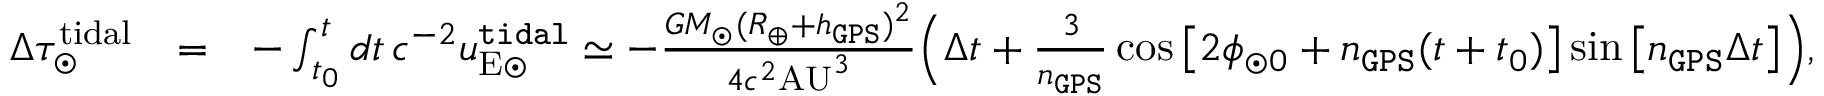
\begin{array} { r l r } { \Delta \tau _ { \odot } ^ { \mathrm { t i d a l } } } & { = } & { - \int _ { t _ { 0 } } ^ { t } d t \, c ^ { - 2 } u _ { \mathrm { E \odot } } ^ { \tt t i d a l } \simeq - \frac { G M _ { \odot } ( R _ { \oplus } + h _ { \tt G P S } ) ^ { 2 } } { 4 c ^ { 2 } \mathrm { A U } ^ { 3 } } \Big ( \Delta t + \frac { 3 } { n _ { \tt G P S } } \cos \big [ 2 \phi _ { \odot 0 } + n _ { \tt G P S } ( t + t _ { 0 } ) \big ] \sin \big [ n _ { \tt G P S } \Delta t \big ] \Big ) , } \end{array}